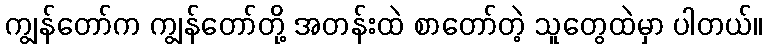
ကျွန်တော်က ကျွန်တော်တို့ အတန်းထဲ စာတော်တဲ့ သူတွေထဲမှာ ပါတယ်။